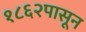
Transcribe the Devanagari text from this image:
१८६२पासून